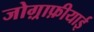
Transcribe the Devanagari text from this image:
जोग़्राफ़ीयाई